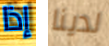
إذا لدينا